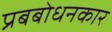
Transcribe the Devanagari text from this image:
प्रबबोधनकार